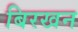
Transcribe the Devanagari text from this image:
बिरखन